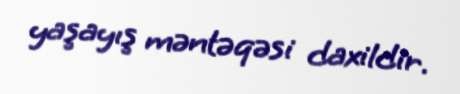
yaşayış məntəqəsi daxildir.